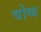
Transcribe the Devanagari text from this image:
चोष्‍य